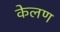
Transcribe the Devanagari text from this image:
केलण